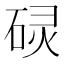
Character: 𮀡